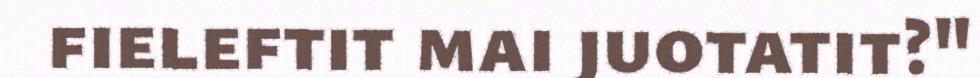
fieleftit mai juotatit?"